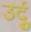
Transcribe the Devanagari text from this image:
उर्दुू